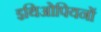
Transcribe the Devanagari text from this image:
इथिओपियनों